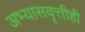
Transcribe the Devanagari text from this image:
अभ्यासवृत्तीही